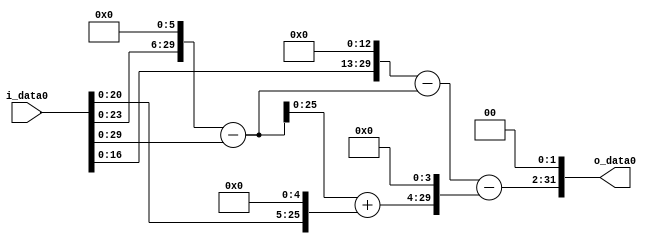
module multiplier_block (
    i_data0,
    o_data0
);

  // Port mode declarations:
  input   [31:0] i_data0;
  output  [31:0]
    o_data0;

  //Multipliers:

  wire [31:0]
    w1,
    w64,
    w63,
    w8192,
    w8129,
    w32,
    w95,
    w1520,
    w6609,
    w26436;

  assign w1 = i_data0;
  assign w1520 = w95 << 4;
  assign w26436 = w6609 << 2;
  assign w32 = w1 << 5;
  assign w63 = w64 - w1;
  assign w64 = w1 << 6;
  assign w6609 = w8129 - w1520;
  assign w8129 = w8192 - w63;
  assign w8192 = w1 << 13;
  assign w95 = w63 + w32;

  assign o_data0 = w26436;

  //multiplier_block area estimate = 6127.22871715;
endmodule